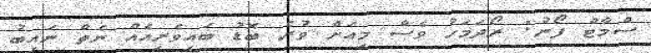
ސްމާޓް ފޯނު: ރޯދަމަހު ވެސް މިއަށް ވުރެ ބޮޑު ބައިވެރިއެއް ނެތް ނައިބު